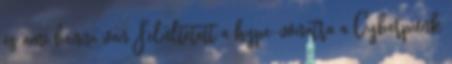
és ami benne van Felültetett a hype-vonatra a Cyberpunk